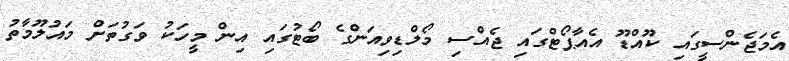
އެމަޖެންސީގައި ކޫއްޑޫ އެއާޕޯޓްގައި ޖެއްސި މޯލްޑިވިއަންގެ ބޯޓުގައި އިން މީހަކު ވަގުތަށް މައުލޫމާތު